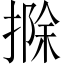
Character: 𢲢